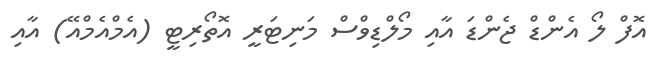
އޮފް ލޯ އެންޑް ޖެންޑަ އާއި މޯލްޑިވްސް މަނިޓަރީ އޮތޯރިޓީ (އެމްއެމްއޭ) އާއި